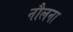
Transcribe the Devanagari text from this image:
नौलना